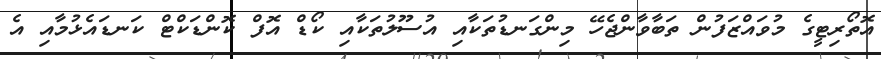
އޮތޯރިޓީގެ މުވައްޒަފުން ތަބާވާންޖެހޭ މިންގަނޑުތަކާއި އުސޫލުތަކާއި ކޯޑް އޮފް ކޮންޑަކްޓް ކަނޑައެޅުމާއި އެ